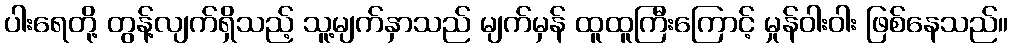
ပါးရေတို့ တွန့်လျက်ရှိသည့် သူ့မျက်နှာသည် မျက်မှန် ထူထူကြီးကြောင့် မှုန်ဝါးဝါး ဖြစ်နေသည်။